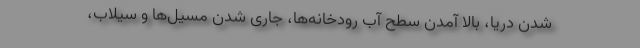
شدن دریا، بالا آمدن سطح آب رودخانه‌ها، جاری شدن مسیل‌ها و سیلاب،